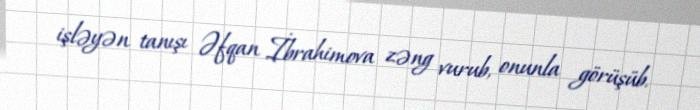
işləyən tanışı Əfqan İbrahimova zəng vurub, onunla görüşüb.